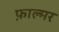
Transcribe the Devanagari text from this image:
फ़ाल्मर